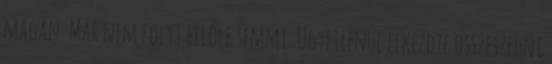
magán. Már nem folyt belőle semmi. Ügyetlenül elkezdte összeszedni